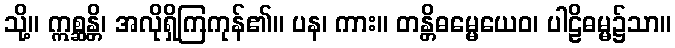
သို့။ ဣစ္ဆန္တိ၊ အလိုရှိကြကုန်၏။ ပန၊ ကား။ တန္တိဓမ္မေယေဝ၊ ပါဠိဓမ္မ၌သာ။